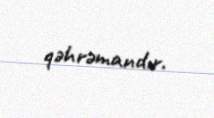
qəhrəmandır.